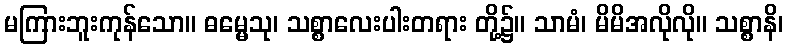
မကြားဘူးကုန်သော။ ဓမ္မေသု၊ သစ္စာလေးပါးတရား တို့၌။ သာမံ၊ မိမိအလိုလို။ သစ္စာနိ၊